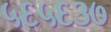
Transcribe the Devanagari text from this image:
५६५६३७